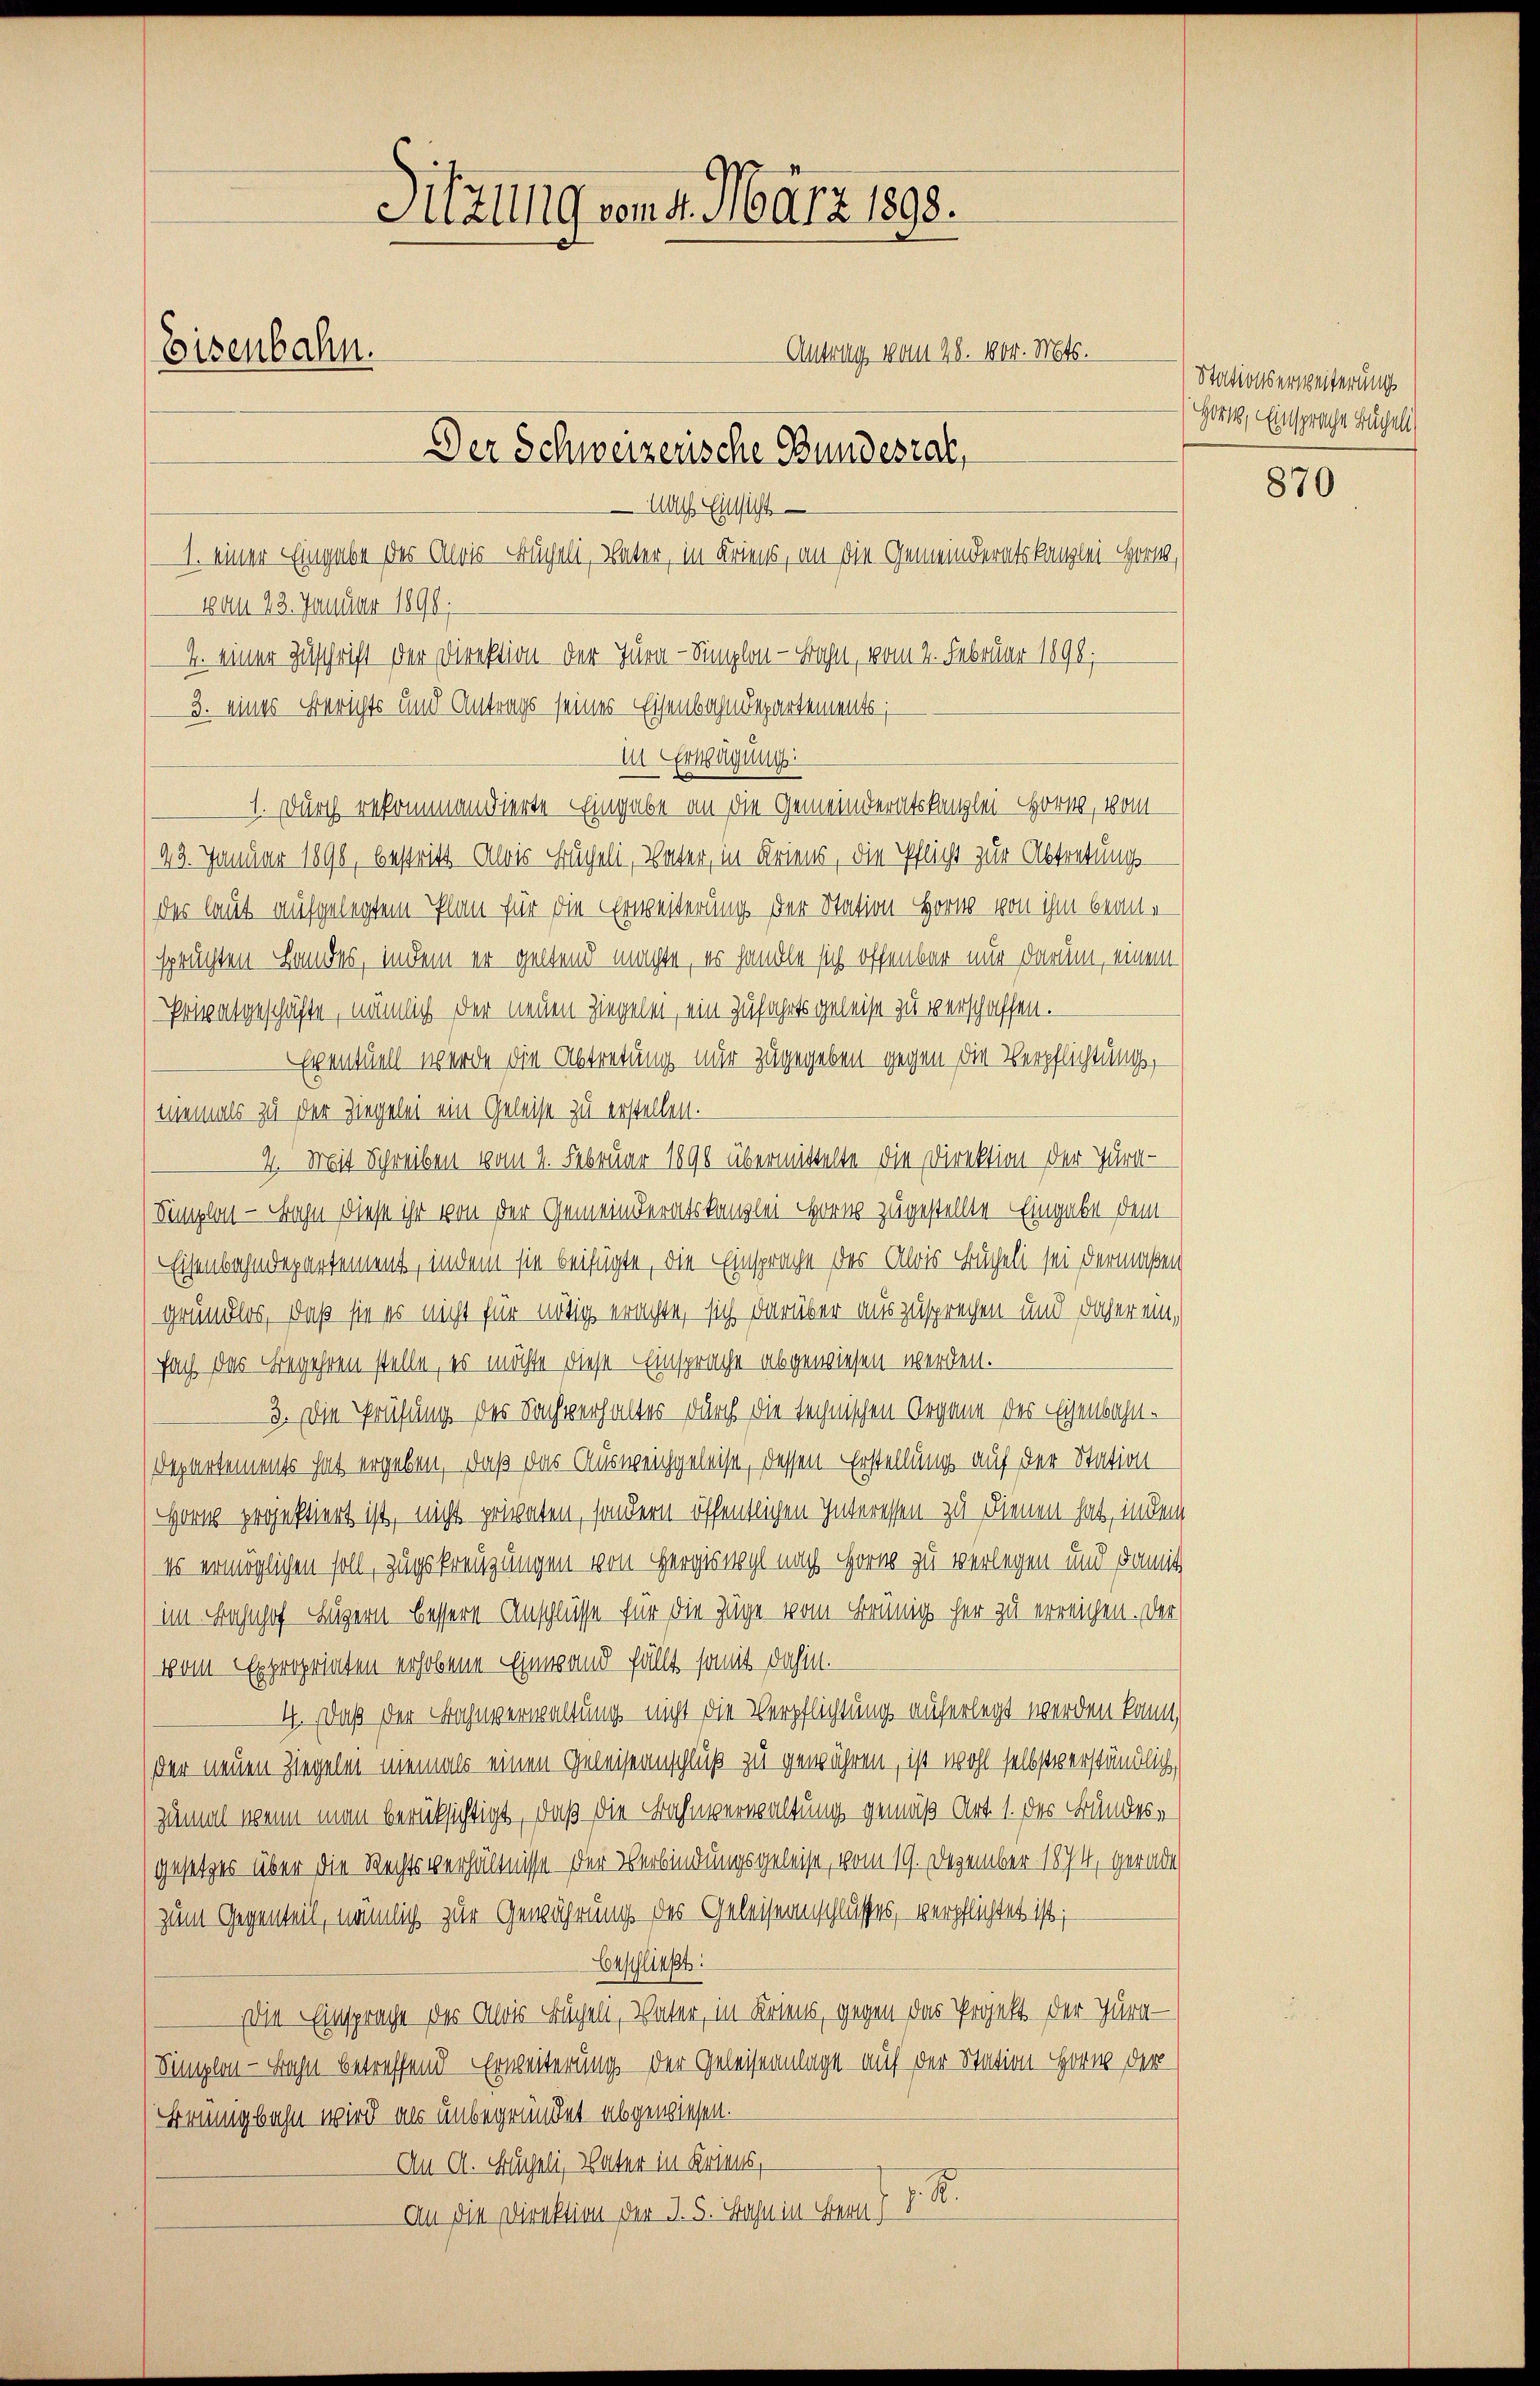
Sitzung vom 4. März 1898.
Antrag vom 28. 1004. Mts.
Eisenbahn.
Der Schweizerische Bundesrat,
Nach Einsicht

1. einer Eingabe des Alois Bücheli, Vater, in Kriens, an die Gemeinderatskanzlei- Hort,
vom 23. Januar 1890.
3. eines Berichts und Antrags seines Eisenbahndepartements;
in Erwägung:
1. Durch rekommandierte Eingabe an die Gemeinderatskanzlei- Horne, vom
43. Januar 1896, bestritt Alois Hügeli, Vater, in Kriens, die Pflicht zur Abtretungs-
der laut aufgelegtem Plan für die Erweiterung der Station Horn von ihm beante
spruchten Landes, indem er geltend machte, er handle sich offenbar nur darum, einem
Privatgeschäfte, nämlich der neuen Ziegeln, ein Zufahrtsgeleise zu verschaffen.
Eventuell werde die Abtretung nur zugegeben gegen die Verpflichtung,
niemals zu der Ziegelei ein Geleise zu erstellen.
4. Mit Schreiben vom 2. Februar 1890 übermittelte die Direktion der Jura-
Simplon - Bahn diese ihr von der Gemeinderatskanzlei Horn zugestellte Eingabe dem
Eisenbahndepartement, indem sie beifügte, die Einsprache des Alois Bücheli sei dermaßen
grundlos, daß sie es nicht für nötig erachte, sich darüber auszusprechen und daher ein,
fach das Begehren stelle, es möchte diese Einsprache abgewiesen werden.
3. Die Prüfung des Sachverhaltes durch die technischen Organe der Eisenbahnt.
Departements hat ergeben, daß das Ausweichgeleise, dessen Erstellung auf der Station
Hor projektiert ist, nicht privaten, sondern öffentlichen Interessen zu Dienen hat, in dem
es ermöglichen soll, zugskreuzungen von Hergiswyl nach Horn zu verlegen und damit
(im Bahnhof Luzern bessere Anschlüsse für die Züge vom Brünig her zu erreichen. Der
vom Expropriaten erhobene Einwand fällt, somit dahin.
4. Daß der Bahnverwaltung nicht die Verpflichtung auferlegt werden kann,
der neuen Ziegelei niemals einen Geleiseanschluß zu gewähren, ist wohl selbstverständlich
zumal wenn man berücksichtigt, daß die Bahnverwaltung gemäß Art. 1. des Bundesgesetzes über die Rechtsverhältnisse der Verbindungsgeleise, vom 19. Dezember 1874, gerade
zum Gegenteil, nämlich zur Gewährung des Geleiseanschlusses, verpflichtet ist;
beschließt:
Die Einsprache des Alois Bücheli, Vater, in Kriens, gegen das Projekt der Jura-
Simplon - Bahn betreffend Erweiterung der Geleiseanlage auf der Station Horn der
Beugbahn wird als unbegründet abgewiesen.
An A. Nägeli, Vater in Kries,
.
An die Direktion der I. 5. Bahn in Bern,

4. einer Zuschrift der Direktion der Turn-Simplon - Bahn, vom 2. Februar 1890.

Stationserweiterung
Hort, Einsprache Bücheli

870